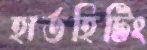
হার্ডহিটিং